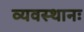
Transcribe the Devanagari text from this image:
व्यवस्थानः